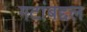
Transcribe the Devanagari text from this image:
गटांबद्दल